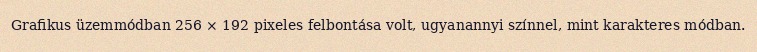
Grafikus üzemmódban 256 × 192 pixeles felbontása volt, ugyanannyi színnel, mint karakteres módban.